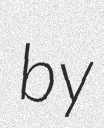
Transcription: by